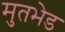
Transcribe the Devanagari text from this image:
मुतभेड